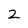
Character: 2